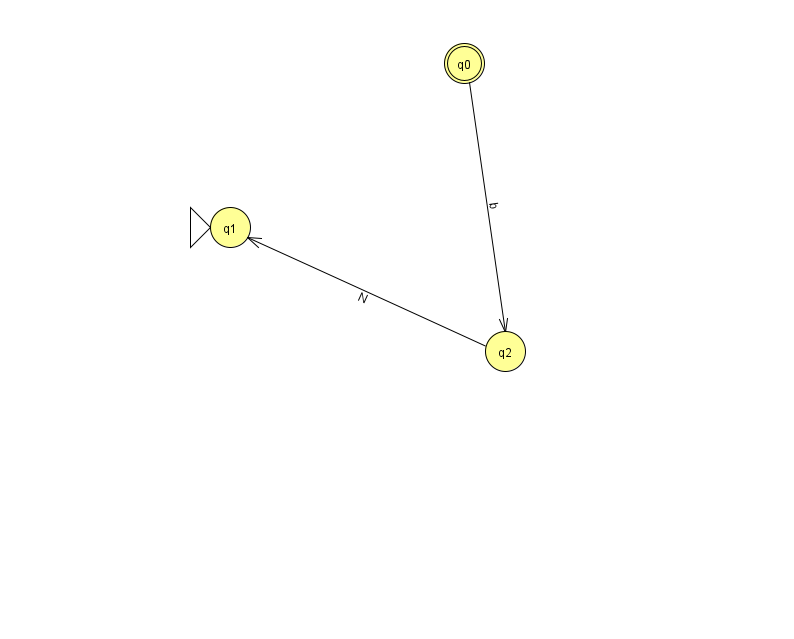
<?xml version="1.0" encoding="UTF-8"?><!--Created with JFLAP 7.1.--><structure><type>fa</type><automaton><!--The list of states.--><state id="0" name="q0"><x>464.0</x><y>50.0</y><final/></state><state id="1" name="q1"><x>230.0</x><y>214.0</y><initial/></state><state id="2" name="q2"><x>505.0</x><y>338.0</y></state><!--The list of transitions.--><transition><from>0</from><to>2</to><read>b</read></transition><transition><from>2</from><to>1</to><read>N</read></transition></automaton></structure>